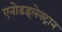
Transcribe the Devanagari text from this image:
एनोडइलेक्ट्रान